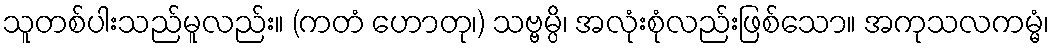
သူတစ်ပါးသည်မူလည်း။ (ကတံ ဟောတု၊) သဗ္ဗမ္ပိ၊ အလုံးစုံလည်းဖြစ်သော။ အကုသလကမ္မံ၊